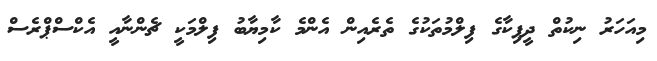
މިއަހަރު ނިކުތް ދީޕިކާގެ ފިލްމުތަކުގެ ތެރެއިން އެންމެ ކާމިޔާބު ފިލްމަކީ ޗެންނާއީ އެކްސްޕްރެސް